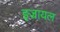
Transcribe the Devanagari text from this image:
इज्रायल